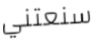
سنعتني